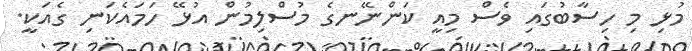
މުޅި މި ހިސާބުގައި ވެސްް މިއީ ކަންނޭނގެ މުސްލިމުން އުޅޭ ހަމައެކަނި ގެއަކީ.